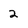
Character: 2